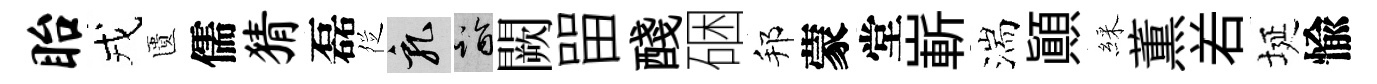
眙戎匱儒猜磊徔乳诣闕㽞醆硱邦蒙堂嶄湍顛綵薫𠰥埏愉